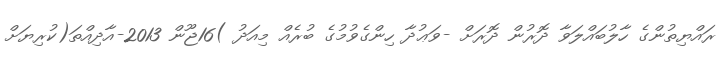
ރައްޔިތުންގެ ހާލުބައްލަވާ ދޮރުން ދޮރަށް -ވަޢުދާ ހިންގެވުމުގެ ބުރެއް މިއަދު )16ޖޫން 2013-އާދިއްތަ(ކުރިޔަށް